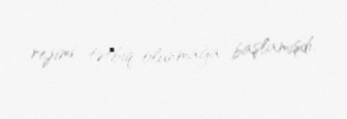
rejimi tətbiq olunmağa başlamışdı.